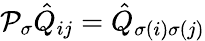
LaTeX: \mathcal{P}_{\sigma}\hat{Q}_{ij}=\hat{Q}_{\sigma(i)\sigma(j)}